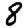
Digit: 8